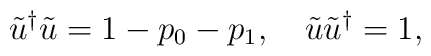
\tilde u^\dag\tilde u=1-p_0-p_1,\quad\tilde u\tilde u^\dag=1,